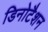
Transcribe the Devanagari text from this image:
डिनोटैशन